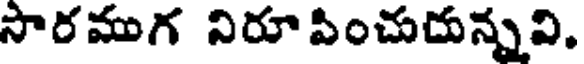
సారముగ నిరూపించుదున్నవి,